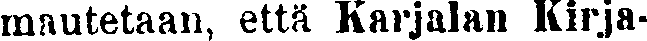
mautetaan, että Karjalan Kirja-